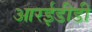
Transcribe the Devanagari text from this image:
आरईडीडी